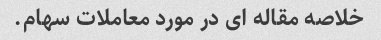
خلاصه مقاله ای در مورد معاملات سهام.